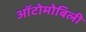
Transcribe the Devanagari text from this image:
ऑटोमोबिली